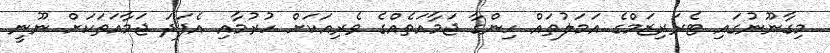
މިގާނޫނުގައި ޓެރަރިޒަމްގެ އަމަލުތައް ހިންގާ ޖަމާއަތެއްގެ ވެރިއަކަށް ހުރުމާއި އެފަދަ ޖަމާއަތަކަށް ނޫނީ